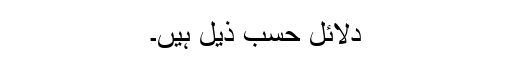
دلائل حسب ذیل ہیں۔